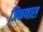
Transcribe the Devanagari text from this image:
जिकणारा